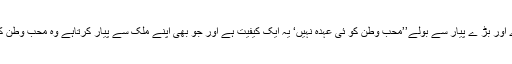
ماسٹر صاحب ہنس پڑے اور بڑ ے پیار سے بولے’’محب وطن کو ئی عہدہ نہیں‘ یہ ایک کیفیت ہے اور جو بھی اپنے ملک سے پیار کرتاہے وہ محب وطن کہلانے کا حق دار ہے‘‘۔